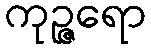
ကုဉ္ဇရော